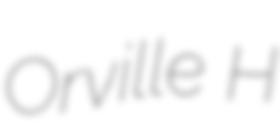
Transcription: Orville H